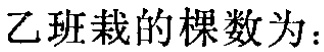
乙班栽的棵数为：